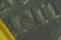
UNI